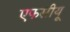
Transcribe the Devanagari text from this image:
एफसीयू